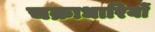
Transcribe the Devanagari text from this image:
चक्राधारियों